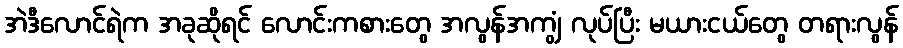
အဲဒီလောင်ရဲက အခုဆိုရင် လောင်းကစားတွေ အလွန်အကျွံ လုပ်ပြီး မယားငယ်တွေ တရားလွန်